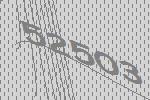
52503